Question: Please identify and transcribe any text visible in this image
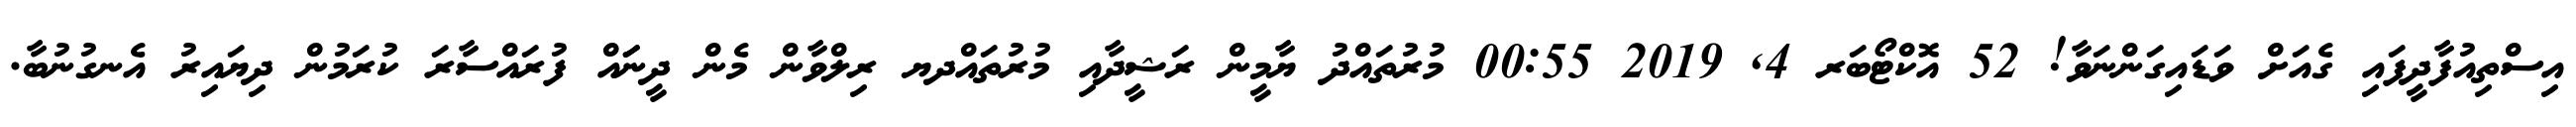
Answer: އިސްތިއުފާދީފައި ގެއަށް ވަޑައިގަންނަވާ! 52 އޮކްޓޯބަރ 4, 2019 00:55 މުރުތައްދު ޔާމީން ރަޝީދާއި މުރުތައްދޔ ރިލްވާން މެން ދީނަައް ފުރައްސާރަ ކުރަމުން ދިޔައިރު އެނގުނުބާ.